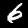
Digit: 6